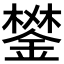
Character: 𨪧